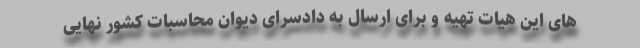
های این هیات تهیه و برای ارسال به دادسرای دیوان محاسبات کشور نهایی